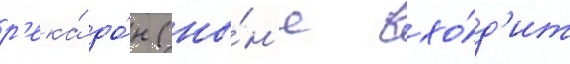
р'ека́ до́н (ны́н'е вхо́д'ит